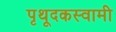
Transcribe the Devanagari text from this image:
पृथूदकस्वामी